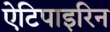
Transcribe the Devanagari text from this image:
ऐटिपाइरिन